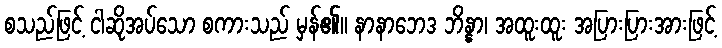
စသည်ဖြင့် ငါဆိုအပ်သော စကားသည် မှန်၏။ နာနာဘေဒ ဘိန္နာ၊ အထူးထူး အပြားပြားအားဖြင့်